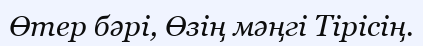
Өтер бәрі, Өзің мәңгі Тірісің.